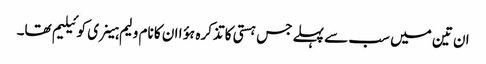
ان تین میں سب سے پہلے جس ہستی کا تذکرہ ہؤا ان کا نام ولیم ہینری کوئیلیم تھا۔